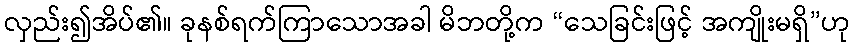
လှည်း၍အိပ်၏။ ခုနစ်ရက်ကြာသောအခါ မိဘတို့က “သေခြင်းဖြင့် အကျိုးမရှိ”ဟု